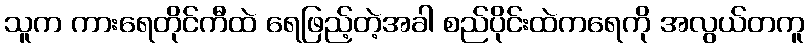
သူက ကားရေတိုင်ကီထဲ ရေဖြည့်တဲ့အခါ စည်ပိုင်းထဲကရေကို အလွယ်တကူ